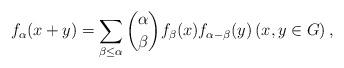
LaTeX: \begin{align*} f_{\alpha}(x+y)= \sum_{\beta \leq \alpha}\binom{\alpha}{\beta}f_{\beta}(x)f_{\alpha-\beta}(y) \left(x, y\in G\right), \end{align*}